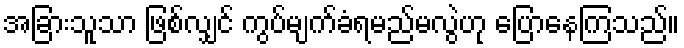
အခြားသူသာ ဖြစ်လျှင် ကွပ်မျက်ခံရမည်မလွဲဟု ပြောနေကြသည်။